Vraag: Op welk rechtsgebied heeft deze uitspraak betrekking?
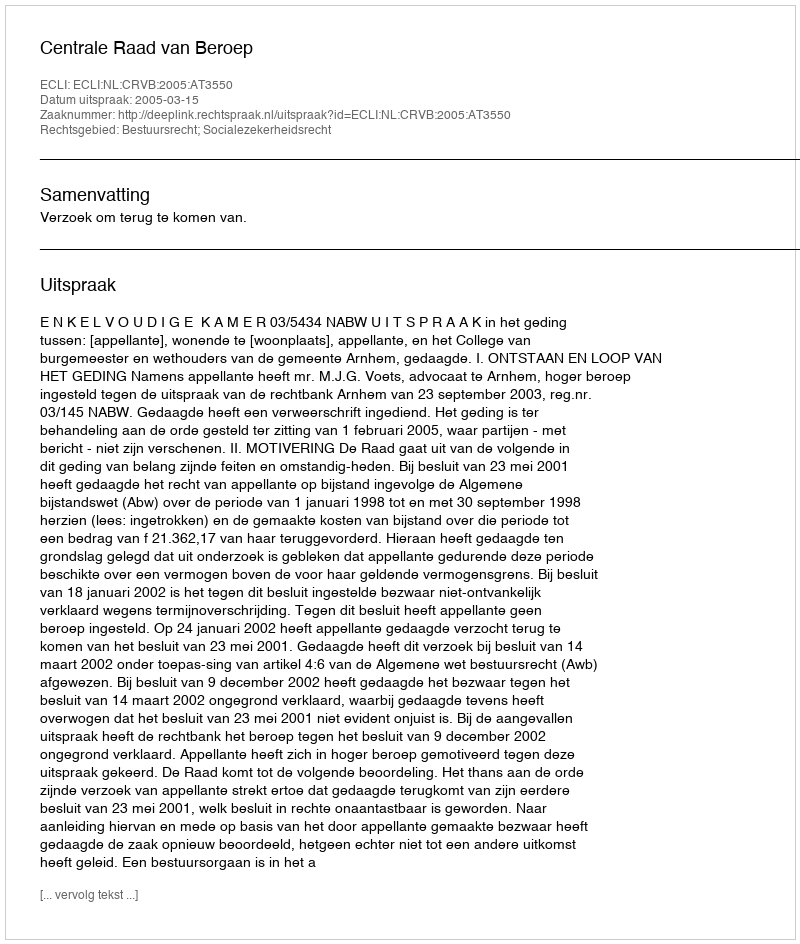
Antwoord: Bestuursrecht; Socialezekerheidsrecht